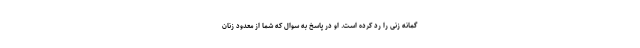
گمانه زنی را رد کرده است. او در پاسخ به سوال که شما از معدود زنان